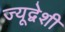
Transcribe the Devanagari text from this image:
ज्यूद्वेशी